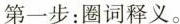
第一步：圈词释义。